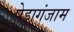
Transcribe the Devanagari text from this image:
पेड्डागंजाम